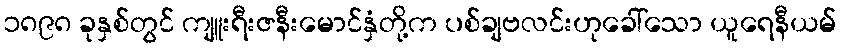
၁၈၉၈ ခုနှစ်တွင် ကျူးရီးဇနီးမောင်နှံတို့က ပစ်ချဗလင်းဟုခေါ်သော ယူရေနီယမ်